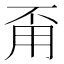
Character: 甭